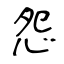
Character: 怨